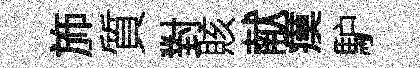
斾質對賅献瘼馿